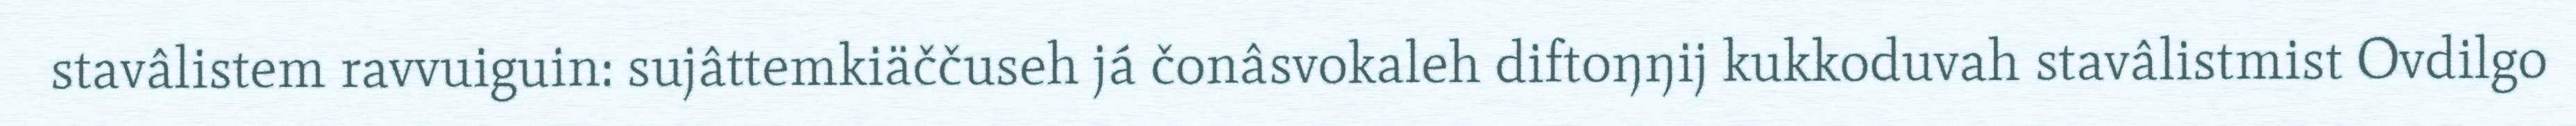
stavâlistem ravvuiguin: sujâttemkiäččuseh já čonâsvokaleh diftoŋŋij kukkoduvah stavâlistmist Ovdilgo